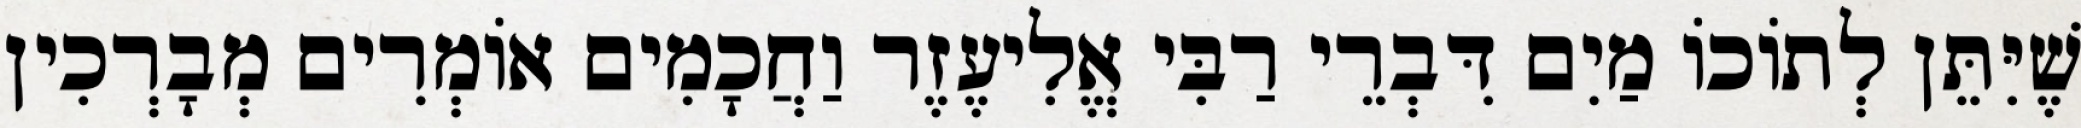
שֶׁיִּתֵּן לְתוֹכוֹ מַיִם דִּבְרֵי רַבִּי אֱלִיעֶזֶר וַחֲכָמִים אוֹמְרִים מְבָרְכִין